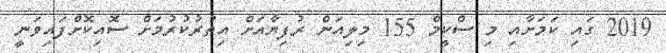
2019 ގައި ކަމަށާއި މި ސްކީމް 155 މިލިއަން ރުފިޔާއަށް އިތުރުކުރުމަށް ސޮއިކޮށްފައިވަނީ